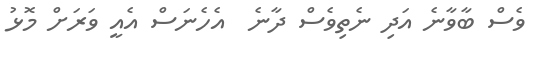
ވެސް ބާވާނެ އަދި ނެތިވެސް ދާނެ  އެހެނަސް އެއީ ވަރަށް މޮޅު